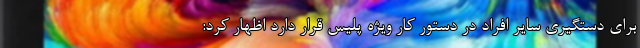
برای دستگیری سایر افراد در دستور کار ویژه پلیس قرار دارد اظهار کرد: